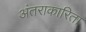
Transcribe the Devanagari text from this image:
अंतराकारिता